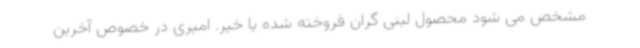
مشخص می شود محصول لبنی گران فروخته شده یا خیر. امیری در خصوص آخرین